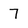
Character: 7